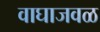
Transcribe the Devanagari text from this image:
वाघाजवळ